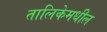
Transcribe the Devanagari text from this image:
तालिकेमधील